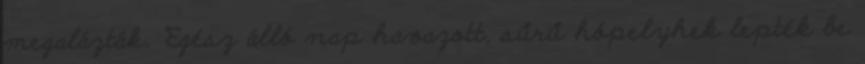
megalázták. "Egész álló nap havazott, sűrű hópelyhek lepték be